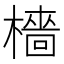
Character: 檣